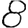
Digit: 8